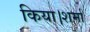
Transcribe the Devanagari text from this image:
किया।शर्मा